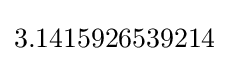
3.1415926539214